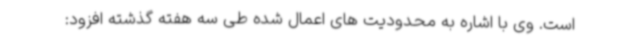
است. وی با اشاره به محدودیت های اعمال شده طی سه هفته گذشته افزود: